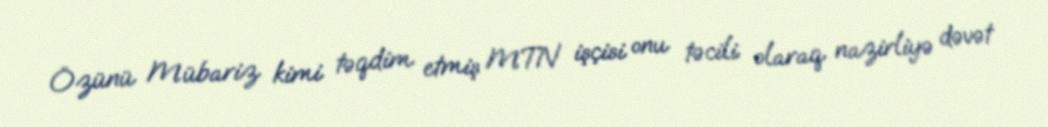
Özünü Mübariz kimi təqdim etmiş MTN işçisi onu təcili olaraq nazirliyə dəvət